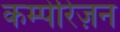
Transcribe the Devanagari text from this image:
कम्पेरिज़न